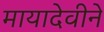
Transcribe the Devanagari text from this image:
मायादेवीने